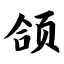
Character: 颌